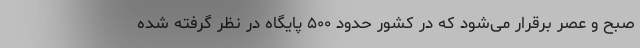
صبح و عصر برقرار می‌شود که در کشور حدود ۵۰۰ پایگاه در نظر گرفته شده